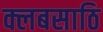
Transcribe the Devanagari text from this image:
क्लबसाठि